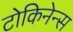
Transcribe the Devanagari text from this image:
टोकिनेन्स